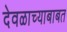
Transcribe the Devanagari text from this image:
देवळाच्याबाबत